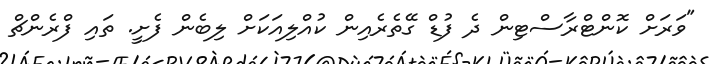
"ވަރަށް ކޮންޓްރާސްޓިން ދެ ފުޑް ގޭތެރެއިން ކުއްލިއަކަށް ލިބެން ފެށީ. ތައި ފްރެންޗް